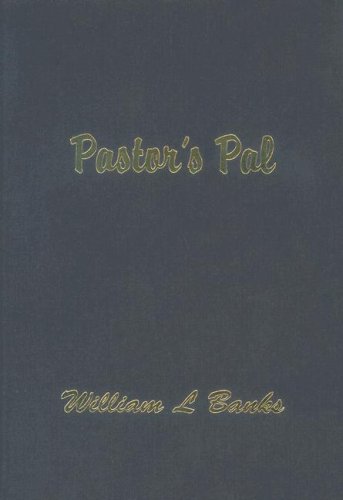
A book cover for Pastor's Pal; William Banks; Christian Books & Bibles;